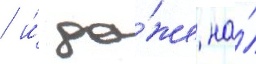
/ и́ да́же на́